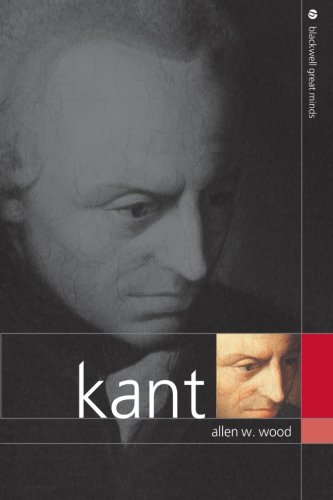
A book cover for Kant; Allen W. Wood; Politics & Social Sciences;